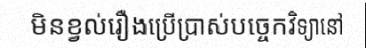
មិនខ្វល់រឿងប្រើប្រាស់បច្ចេកវិទ្យានៅ